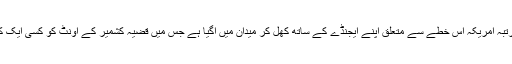
اکہتر سالہ تاریخ میں پہلی مرتبہ امریکہ اس خطے سے متعلق اپنے ایجنڈے کے ساتھ کھل کر میدان میں آگیا ہے جس میں قضیہ کشمیر کے اونٹ کو کسی ایک کروٹ بٹھانا سرفہرست ہے ۔